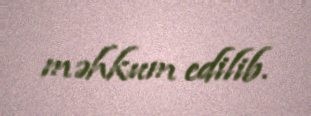
məhkum edilib.